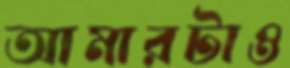
আমারটাও